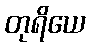
တုရိယေ